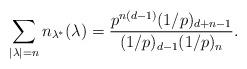
LaTeX: \begin{align*}\sum_{|\lambda| = n} n_{\lambda^*}(\lambda) = \frac{p^{n(d-1)} (1/p)_{d+n-1}}{(1/p)_{d-1} (1/p)_n}.\end{align*}